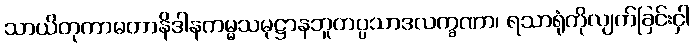
သာယိတုကာမတာနိဒါနကမ္မသမုဋ္ဌာနဘူတပ္ပသာဒလက္ခဏာ၊ ရသာရုံကိုလျက်ခြင်းငှါ